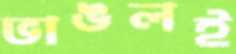
ভাঙলই